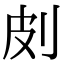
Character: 㓟